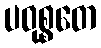
ပဝုစ္စတေ